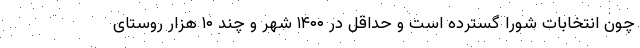
چون انتخابات شورا گسترده است و حداقل در ۱۴۰۰ شهر و چند ۱۰ هزار روستای